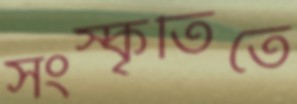
সংস্কৃতিতে